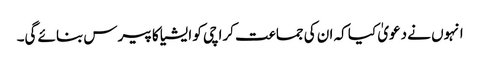
انہوں نے دعویٰ کیا کہ ان کی جماعت کراچی کو ایشیا کا پیرس بنائے گی۔